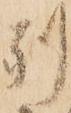
別